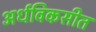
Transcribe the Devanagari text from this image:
अर्धविकसीत